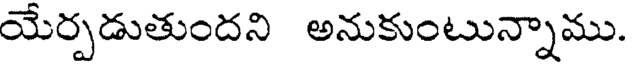
యేర్పడుతుందని అనుకుంటున్నాము.